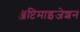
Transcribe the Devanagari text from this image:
ॲप्टिमाइजेशन